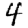
Digit: 4